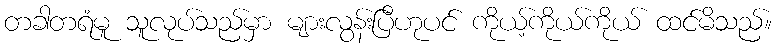
တခါတရံမူ သူလုပ်သည်မှာ များလွန်းပြီဟုပင် ကိုယ့်ကိုယ်ကိုယ် ထင်မိသည်။